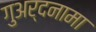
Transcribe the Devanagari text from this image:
गुअर्दनामा